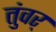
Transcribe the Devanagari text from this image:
तुंवर्